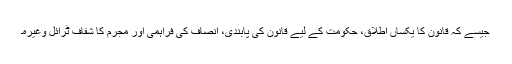
جیسے کہ قانون کا یکساں اطلاق، حکومت کے لیے قانون کی پابندی، انصاف کی فراہمی اور مجرم کا شفاف ٹرائل وغیرہ۔